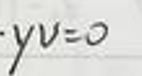
$yu = 0$